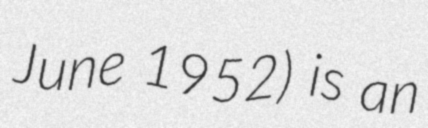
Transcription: June 1952) is an